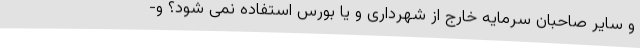
و سایر صاحبان سرمایه خارج از شهرداری و یا بورس استفاده نمی شود؟ و-